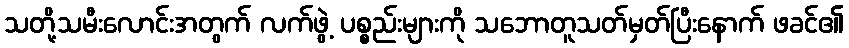
သတို့သမီးလောင်းအတွက် လက်ဖွဲ့ ပစ္စည်းများကို သဘောတူသတ်မှတ်ပြီးနောက် ဖခင်၏